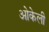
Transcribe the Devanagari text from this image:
ओकेली